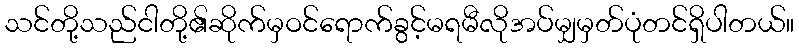
သင်တို့သည်ငါတို့၏ဆိုက်မှဝင်ရောက်ခွင့်မရမီလိုအပ်မျှမှတ်ပုံတင်ရှိပါတယ်။